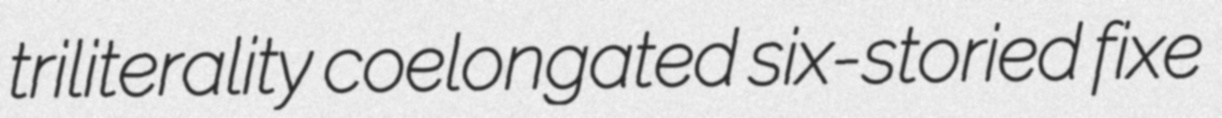
triliterality coelongated six-storied fixe